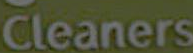
Cleaners